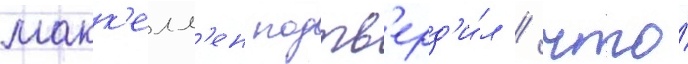
макк'елл'ен подтв'ерд'и́л / что́